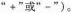
”+”或”-”）。